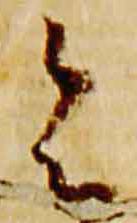
令